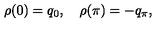
\rho ( 0 ) = q _ { 0 } , \quad \rho ( \pi ) = - q _ { \pi } ,